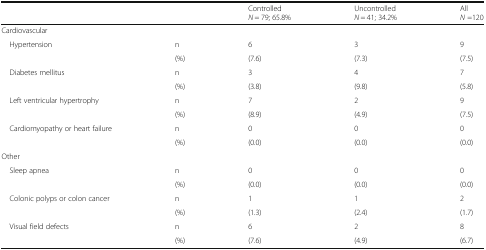
<table><thead><tr><td colspan="2"></td><td><b>Controlled<i>N</i> = 79; 65.8%</b></td><td><b>Uncontrolled<i>N</i> = 41; 34.2%</b></td><td><b>All<i>N</i> =120</b></td></tr></thead><tbody><tr><td colspan="5">Cardiovascular</td></tr><tr><td rowspan="2"> Hypertension</td><td>n</td><td>6</td><td>3</td><td>9</td></tr><tr><td>(%)</td><td>(7.6)</td><td>(7.3)</td><td>(7.5)</td></tr><tr><td rowspan="2"> Diabetes mellitus</td><td>n</td><td>3</td><td>4</td><td>7</td></tr><tr><td>(%)</td><td>(3.8)</td><td>(9.8)</td><td>(5.8)</td></tr><tr><td rowspan="2"> Left ventricular hypertrophy</td><td>n</td><td>7</td><td>2</td><td>9</td></tr><tr><td>(%)</td><td>(8.9)</td><td>(4.9)</td><td>(7.5)</td></tr><tr><td rowspan="2"> Cardiomyopathy or heart failure</td><td>n</td><td>0</td><td>0</td><td>0</td></tr><tr><td>(%)</td><td>(0.0)</td><td>(0.0)</td><td>(0.0)</td></tr><tr><td colspan="5">Other</td></tr><tr><td rowspan="2"> Sleep apnea</td><td>n</td><td>0</td><td>0</td><td>0</td></tr><tr><td>(%)</td><td>(0.0)</td><td>(0.0)</td><td>(0.0)</td></tr><tr><td rowspan="2"> Colonic polyps or colon cancer</td><td>n</td><td>1</td><td>1</td><td>2</td></tr><tr><td>(%)</td><td>(1.3)</td><td>(2.4)</td><td>(1.7)</td></tr><tr><td rowspan="2"> Visual field defects</td><td>n</td><td>6</td><td>2</td><td>8</td></tr><tr><td>(%)</td><td>(7.6)</td><td>(4.9)</td><td>(6.7)</td></tr></tbody></table>